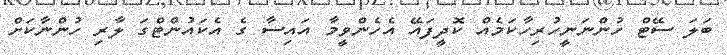
ބަލަ ސޭޓް ހުންނަނީހުރިހާކަމެއް ކޮދީފައޭ އެހެންވީމާ އައިސާ ގެ އެކައުންޓްގަ ލާރި ހުންނާކަށް